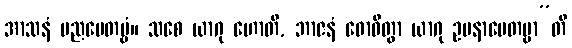
အာသနံ ပညပေတဗ္ဗံ။ သစေ ယာဂု ဟောတိ, ဘာဇနံ ဓောဝိတွာ ယာဂု ဥပနာမေတဗ္ဗာ”တိ